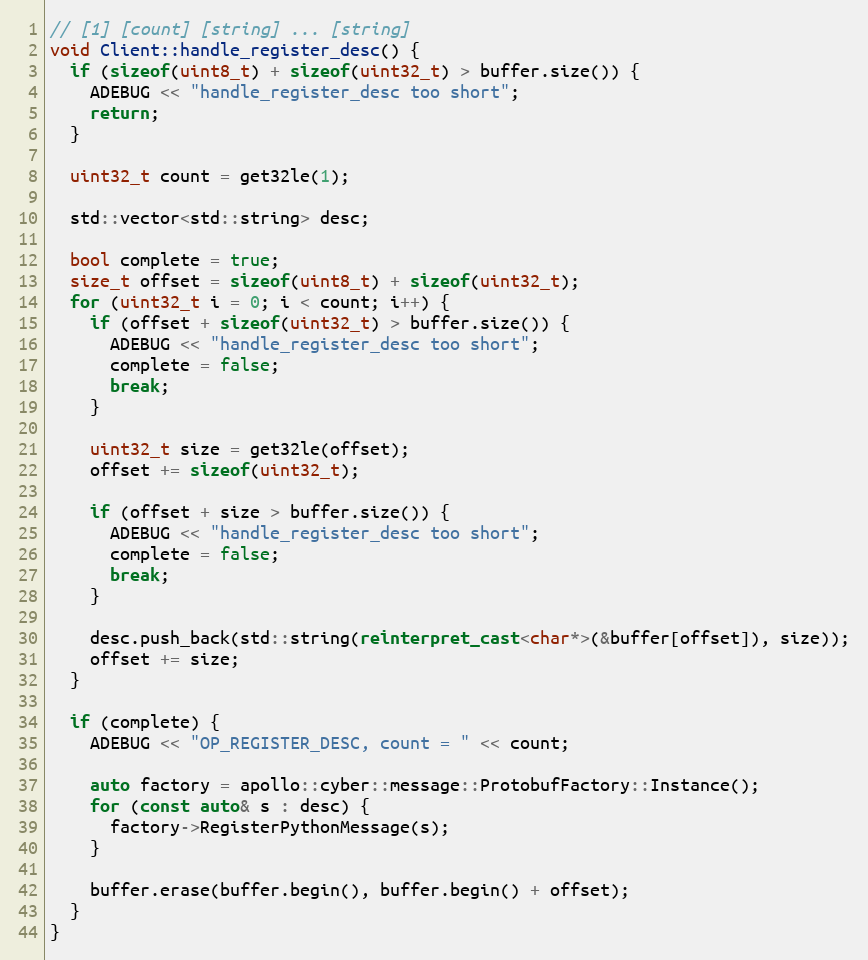
Language: C++
// [1] [count] [string] ... [string]
void Client::handle_register_desc() {
  if (sizeof(uint8_t) + sizeof(uint32_t) > buffer.size()) {
    ADEBUG << "handle_register_desc too short";
    return;
  }

  uint32_t count = get32le(1);

  std::vector<std::string> desc;

  bool complete = true;
  size_t offset = sizeof(uint8_t) + sizeof(uint32_t);
  for (uint32_t i = 0; i < count; i++) {
    if (offset + sizeof(uint32_t) > buffer.size()) {
      ADEBUG << "handle_register_desc too short";
      complete = false;
      break;
    }

    uint32_t size = get32le(offset);
    offset += sizeof(uint32_t);

    if (offset + size > buffer.size()) {
      ADEBUG << "handle_register_desc too short";
      complete = false;
      break;
    }

    desc.push_back(std::string(reinterpret_cast<char*>(&buffer[offset]), size));
    offset += size;
  }

  if (complete) {
    ADEBUG << "OP_REGISTER_DESC, count = " << count;

    auto factory = apollo::cyber::message::ProtobufFactory::Instance();
    for (const auto& s : desc) {
      factory->RegisterPythonMessage(s);
    }

    buffer.erase(buffer.begin(), buffer.begin() + offset);
  }
}